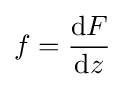
f={\frac {\mathrm {d} F}{\mathrm {d} z}}